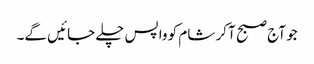
جو آج صبح آ کر شام کو واپس چلے جائیں گے۔